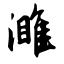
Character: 濉